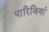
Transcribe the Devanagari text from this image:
पारिजियां